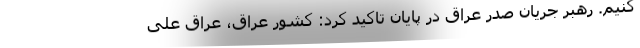
کنیم. رهبر جریان صدر عراق در پایان تاکید کرد: کشور عراق، عراق علی